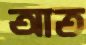
আত